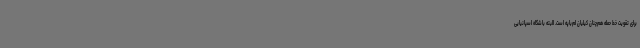
برای تقویت خط حمله هم‌چنان کیلیان ام‌باپه است. البته باشگاه اسپانیایی